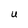
Character: U